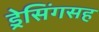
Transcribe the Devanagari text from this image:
ड्रेसिंगसह